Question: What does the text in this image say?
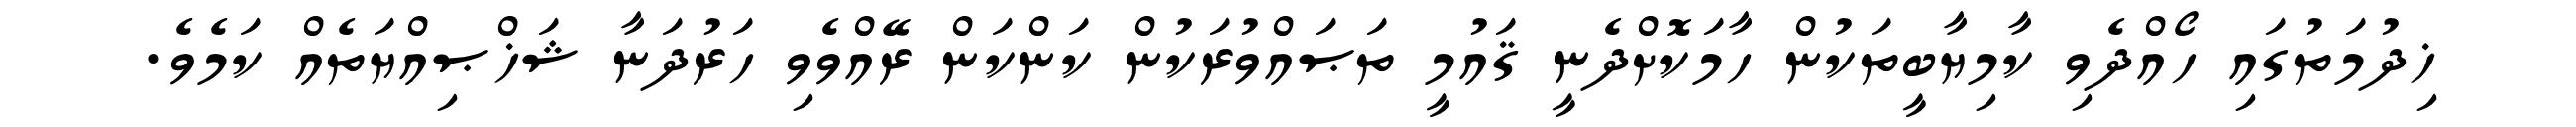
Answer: ޚިދުމަތުގައި ހޯއްދެވި ކާމިޔާބީތަކުން ހާމަކޮށްދެނީ ޤައުމީ ތަޞައްވުރަކުން ކަންކަން ރޭއްވެވި ހަރުދަނާ ޝަޚްޞިއްޔަތެއް ކަމެވެ.